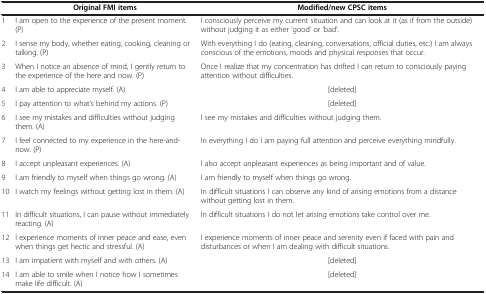
|  | Original FMI items | Modified/new CPSC items |
 | --- | --- | --- |
 | 1 | I am open to the experience of the present moment. (P) | I consciously perceive my current situation and can look at it (as if from the outside) without judging it as either 'good' or 'bad'. |
 | 2 | I sense my body, whether eating, cooking, cleaning or talking. (P) | With everything I do (eating, cleaning, conversations, official duties, etc.) I am always conscious of the emotions, moods and physical responses that occur. |
 | 3 | When I notice an absence of mind, I gently return to the experience of the here and now. (P) | Once I realize that my concentration has drifted I can return to consciously paying attention without difficulties. |
 | 4 | I am able to appreciate myself. (A) | [deleted] |
 | 5 | I pay attention to what’s behind my actions. (P) | [deleted] |
 | 6 | I see my mistakes and difficulties without judging them. (A) | I see my mistakes and difficulties without judging them. |
 | 7 | I feel connected to my experience in the here-and-now. (P) | In everything I do I am paying full attention and perceive everything mindfully. |
 | 8 | I accept unpleasant experiences. (A) | I also accept unpleasant experiences as being important and of value. |
 | 9 | I am friendly to myself when things go wrong. (A) | I am friendly to myself when things go wrong. |
 | 10 | I watch my feelings without getting lost in them. (A) | In difficult situations I can observe any kind of arising emotions from a distance without getting lost in them. |
 | 11 | In difficult situations, I can pause without immediately reacting. (A) | In difficult situations I do not let arising emotions take control over me. |
 | 12 | I experience moments of inner peace and ease, even when things get hectic and stressful. (A) | I experience moments of inner peace and serenity even if faced with pain and disturbances or when I am dealing with difficult situations. |
 | 13 | I am impatient with myself and with others. (A) | [deleted] |
 | 14 | I am able to smile when I notice how I sometimes make life difficult. (A) | [deleted] |